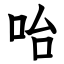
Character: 咍